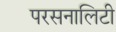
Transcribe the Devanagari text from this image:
परसनालिटी